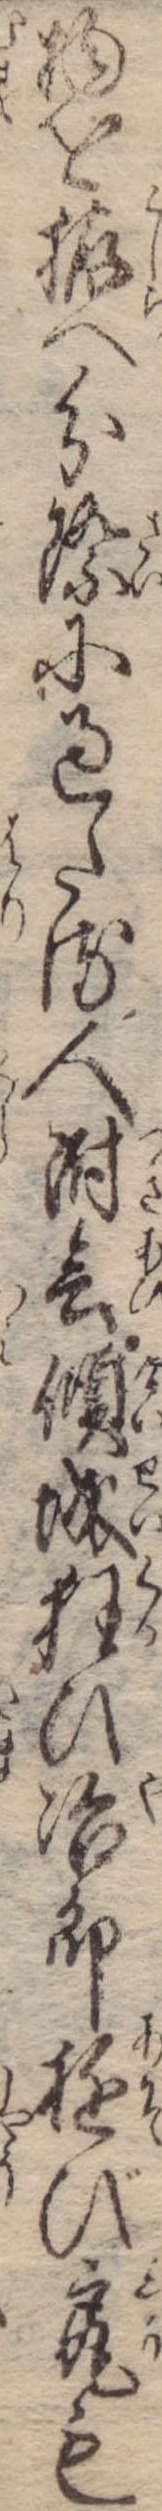
物を拵へ分際に過たる人附会傾城狂ひ冶郎遊び尻も